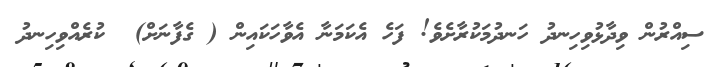
ސިއްރުން ވިދާޅުވިހިނދު ހަނދުމަކުރާށެވެ! ފަހެ އެކަމަނާ އެވާހަކައިން ( ގެފާނަށް)  ކުރެއްވިހިނދު